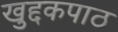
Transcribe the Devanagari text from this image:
खुद्दकपाठ